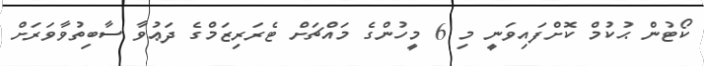
ކޯޓުން ޙުކުމް ކޮށްފައިވަނީ މި 6 މީހުންގެ މައްޗަށް ޓެރަރިޒަމްގެ ދަޢުވާ ސާބިތުވާވަރަށް